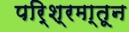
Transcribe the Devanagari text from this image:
परि्श्रमा्तून